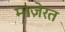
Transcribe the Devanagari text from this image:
माज़ेरत